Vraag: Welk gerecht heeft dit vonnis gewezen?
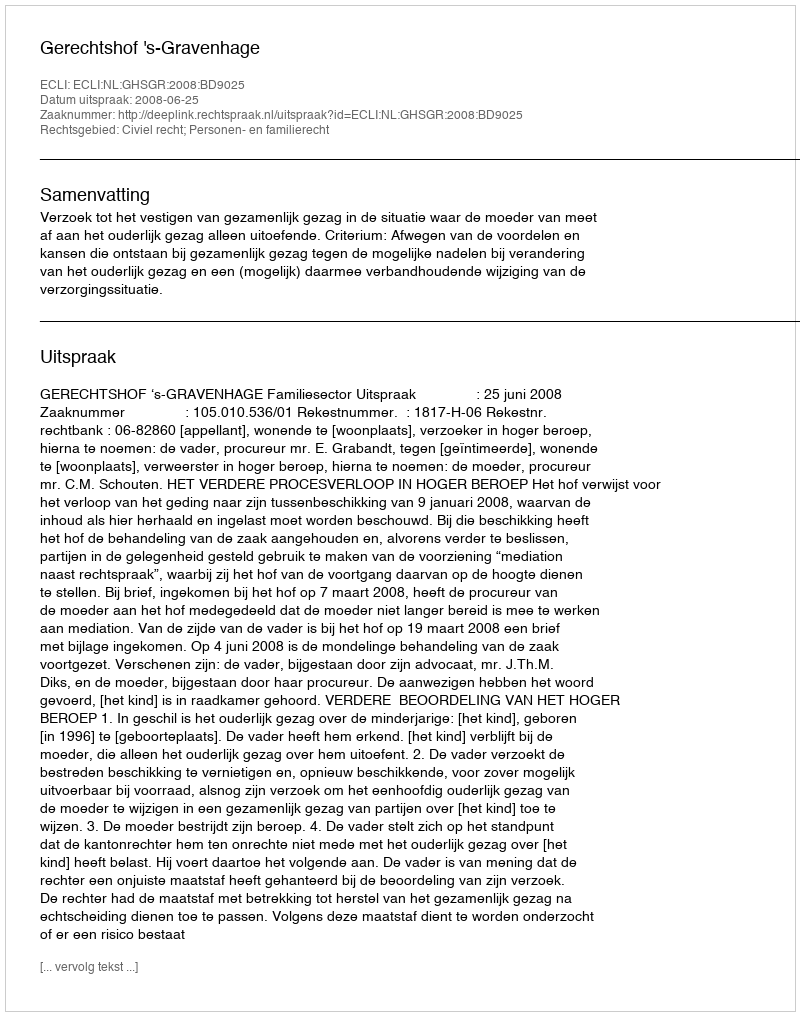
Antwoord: Gerechtshof 's-Gravenhage